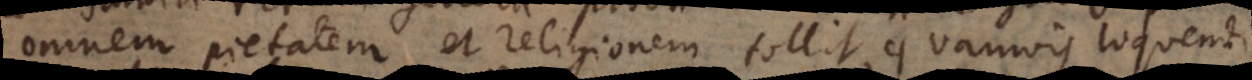
omnem pietatem et religionem tollit, quamvis loquendi